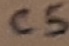
Text: C5